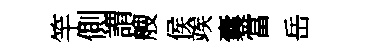
竿側謂艘侯竢囊當岳